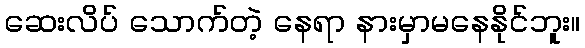
ဆေးလိပ် သောက်တဲ့ နေရာ နားမှာမနေနိုင်ဘူး။